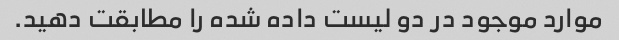
موارد موجود در دو لیست داده شده را مطابقت دهید.